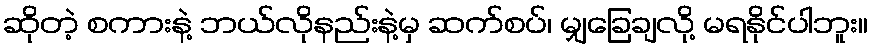
ဆိုတဲ့ စကားနဲ့ ဘယ်လိုနည်းနဲ့မှ ဆက်စပ်၊ မျှခြေချလို့ မရနိုင်ပါဘူး။